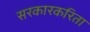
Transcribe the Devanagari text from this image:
सरकारकरिता